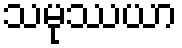
သမုဿယာ